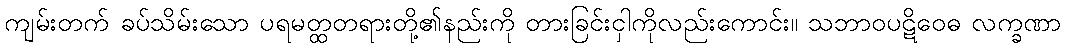
ကျမ်းတက် ခပ်သိမ်းသော ပရမတ္ထတရားတို့၏နည်းကို တားခြင်းငှါကိုလည်းကောင်း။ သဘာဝပဋိဝေဓ လက္ခဏာ